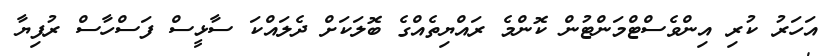
އަހަރު ކުރި އިންވެސްޓްމަންޓުން ކޮންމެ ރައްޔިތެއްގެ ބޮލަކަށް ދެލައްކަ ސާޅީސް ފަސްހާސް ރުފިޔާ